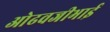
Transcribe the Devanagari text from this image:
ओढवजीभाई